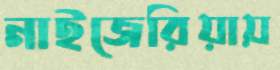
নাইজেরিয়ায়